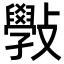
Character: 斅